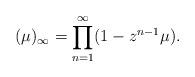
LaTeX: \begin{align*}(\mu)_\infty = \prod_{n=1}^\infty(1-z^{n-1}\mu).\end{align*}